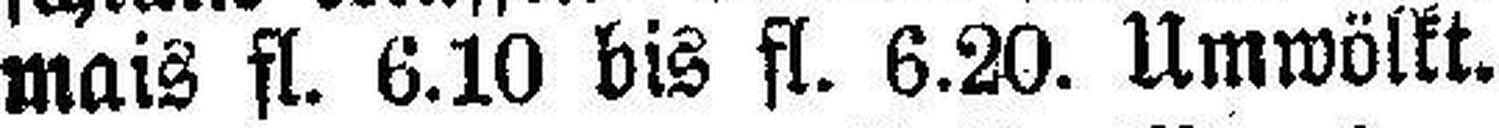
mais fl. 6.10 bis fl. 6.20. Umwölkt.